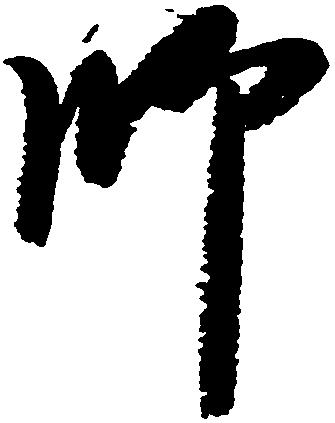
師